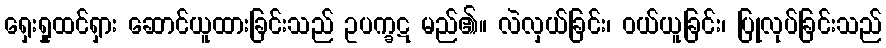
ရှေးရှုထင်ရှား ဆောင်ယူထားခြင်းသည် ဥပက္ခဋ မည်၏။ လဲလှယ်ခြင်း၊ ဝယ်ယူခြင်း၊ ပြုလုပ်ခြင်းသည်